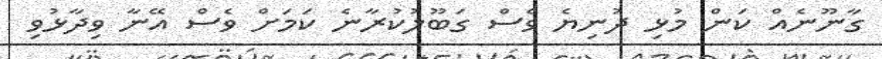
ގާނޫނެއް ކަން މުޅި ދުނިޔެ ވެސް ގަބޫލުކުރާނެ ކަމަށް ވެސް އޭނާ ވިދާޅުވި